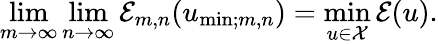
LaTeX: \operatorname*{lim}_{m\to\infty}\operatorname*{lim}_{n\to\infty}\mathcal{E}_{m,n}(u_{\mathrm{min};m,n})=\underset{u\in\mathcal X}{\mathrm{min}}\, \mathcal{E}(u).